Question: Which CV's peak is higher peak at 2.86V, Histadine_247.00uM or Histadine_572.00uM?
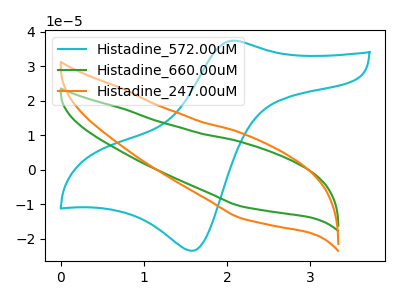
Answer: <think>The cyan curve "Histadine_572.00uM" has an anodic peak at (2.10V, 37.35uA) and a cathodic peak at (1.60V, -23.40uA). The green curve "Histadine_660.00uM" has no peaks. The orange curve "Histadine_247.00uM" has no peaks.</think>
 <answer>"Histadine_247.00uM" and "Histadine_572.00uM" dont share a peak at 2.86V.</answer>
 <eval>mismatch</eval>